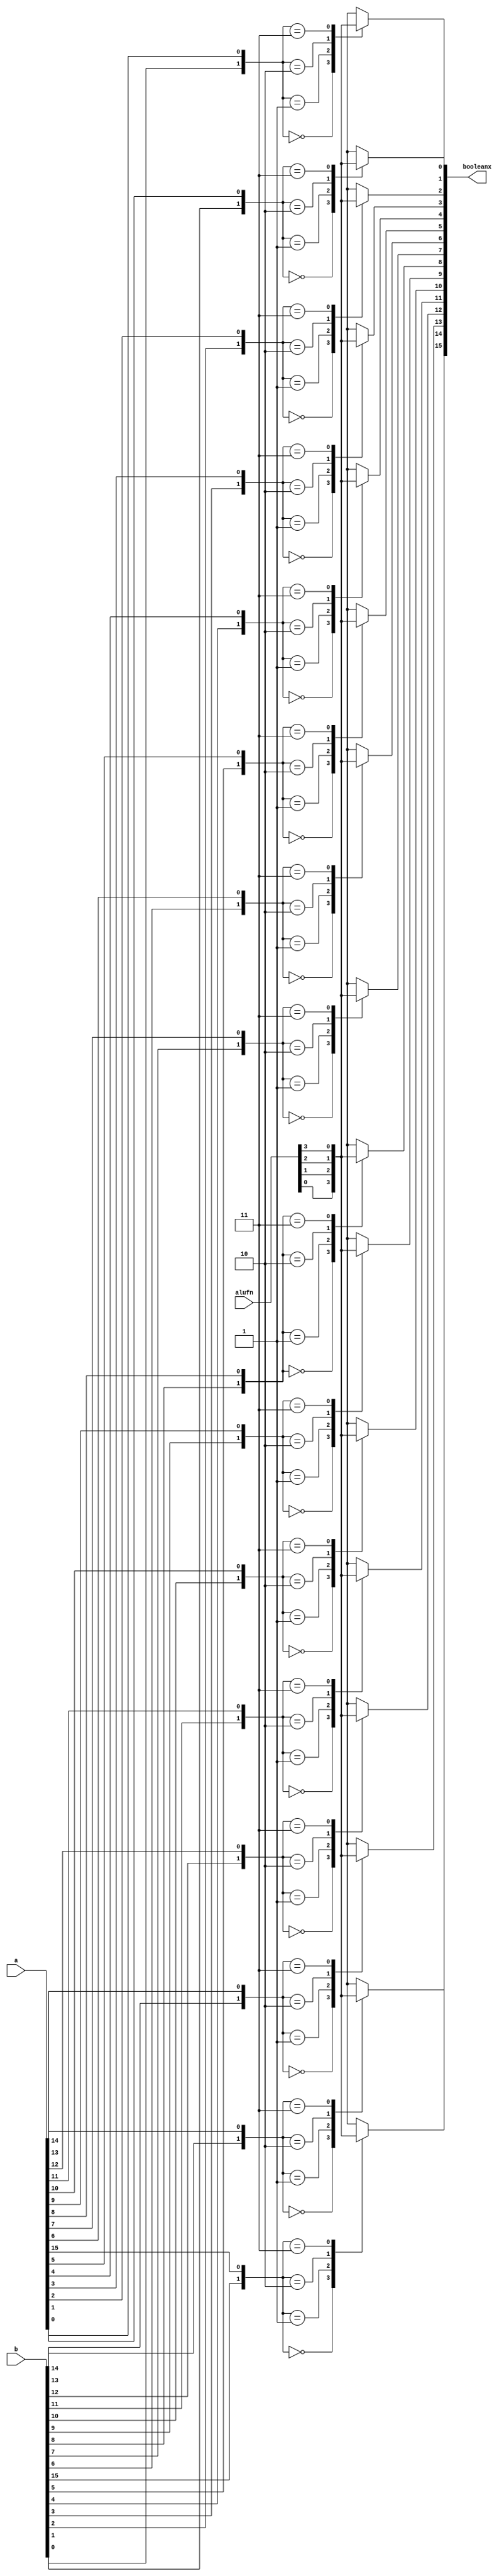
/*
   This file was generated automatically by the Mojo IDE version B1.3.6.
   Do not edit this file directly. Instead edit the original Lucid source.
   This is a temporary file and any changes made to it will be destroyed.
*/

module boolean_11 (
    input [5:0] alufn,
    input [15:0] a,
    input [15:0] b,
    output reg [15:0] booleanx
  );
  
  
  
  integer x;
  
  integer i;
  
  always @* begin
    for (i = 1'h0; i < 5'h10; i = i + 1) begin
      x = {b[(i)*1+0-:1], a[(i)*1+0-:1]};
      
      case (x)
        2'h0: begin
          booleanx[(i)*1+0-:1] = alufn[0+0-:1];
        end
        2'h1: begin
          booleanx[(i)*1+0-:1] = alufn[1+0-:1];
        end
        2'h2: begin
          booleanx[(i)*1+0-:1] = alufn[2+0-:1];
        end
        2'h3: begin
          booleanx[(i)*1+0-:1] = alufn[3+0-:1];
        end
        default: begin
          booleanx[(i)*1+0-:1] = alufn[0+0-:1];
        end
      endcase
    end
  end
endmodule